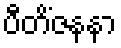
ပီတိံဇနနာ